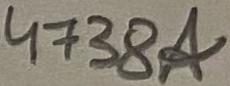
Text: 4738A